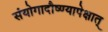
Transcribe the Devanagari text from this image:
संयोगादौष्ण्यापेक्षात्